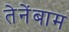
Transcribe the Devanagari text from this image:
तेनेंबाम